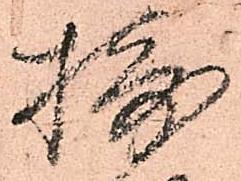
摂